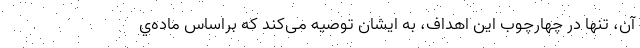
آن، تنها در چهارچوب این اهداف، به ایشان توصیه می‌کند که براساس ماده‌ي